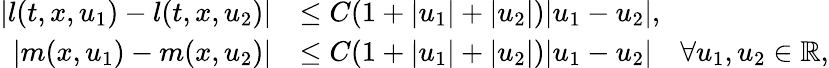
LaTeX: \begin{array}{rl}{|l(t,x,u_{1})-l(t,x,u_{2})|}&{\leq C(1+|u_{1}|+|u_{2}|)|u_{1}-u_{2}|,}\\ {|m(x,u_{1})-m(x,u_{2})|}&{\leq C(1+|u_{1}|+|u_{2}|)|u_{1}-u_{2}|\quad\forall u_{1},u_{2}\in\mathbb{R},}\end{array}